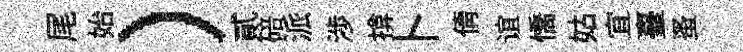
尾始）貳碚派渉揜卜倩谊憍姑宜臺蚤